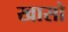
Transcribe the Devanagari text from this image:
खासो